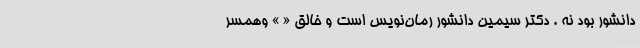
دانشور بود نه . دکتر سیمین دانشور رُمان‌نویس است و خالق « » وهمسر